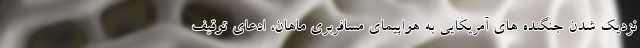
نزدیک شدن جنگنده های آمریکایی به هواپیمای مسافربری ماهان، ادعای توقیف